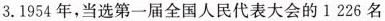
3.1954年，当选第一届全国人民代表大会的1226名